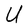
Character: U